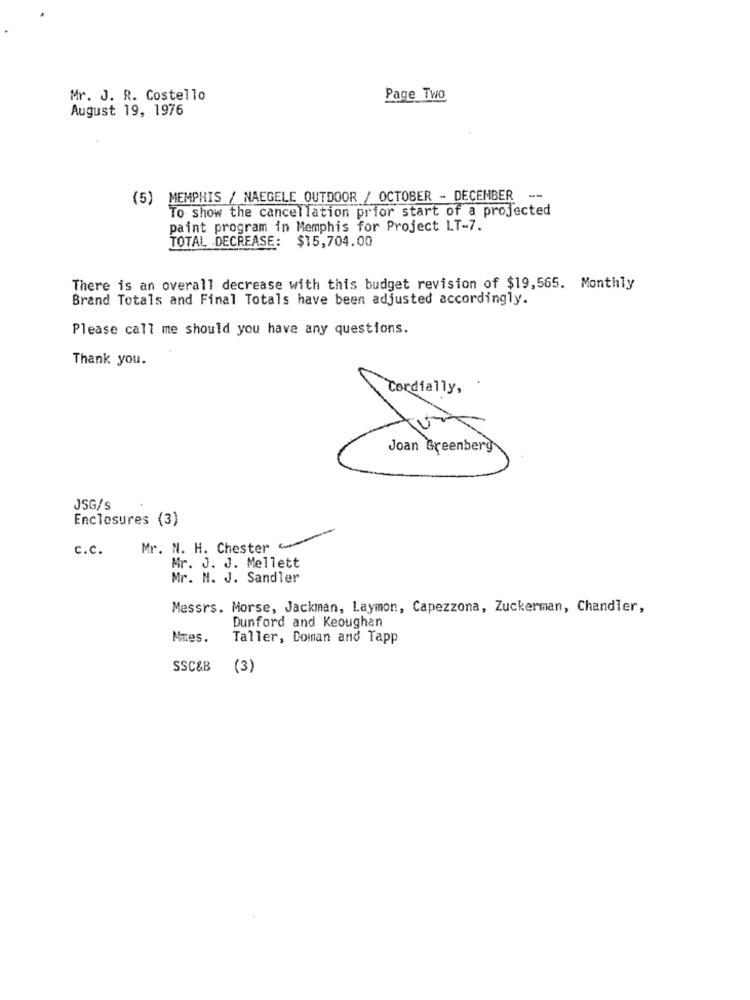
Mr. J. R. Costello
Page Two
August 19, 1976
(5) MEMPHIS / NAEGELE OUTDOOR / OCTOBER - DECEMBER --
To show the cancellation prior start of a projected
paint program in Memphis for Project LT-7.
TOTAL DECREASE: $15,704.00
There is an overall decrease with this budget revision of $19,565. Monthly
Brand Totals and Final Totals have been adjusted accordingly.
Please call me should you have any questions.
Thank you.
Cordially,
Joan Greenberg
JSG/s
Enclosures (3)
c.c.
Mr. N. H. Chester ~
Mr. J. J. Mellett
Mr. N. J. Sandler
Messrs. Morse, Jackman, Laymon, Capezzona, Zuckerman, Chandler,
Dunford and Keoughan
Mres.
Taller, Doman and Tapp
SSC&B
(3)